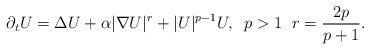
LaTeX: \begin{align*}\partial_t U = \Delta U + \alpha |\nabla U|^r + |U|^{p-1}U, \;\; p > 1\; \;r = \frac{2p}{p + 1}.\end{align*}